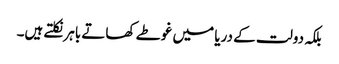
بلکہ دولت کے دریا میں غوطے کھاتے باہر نکلتے ہیں۔